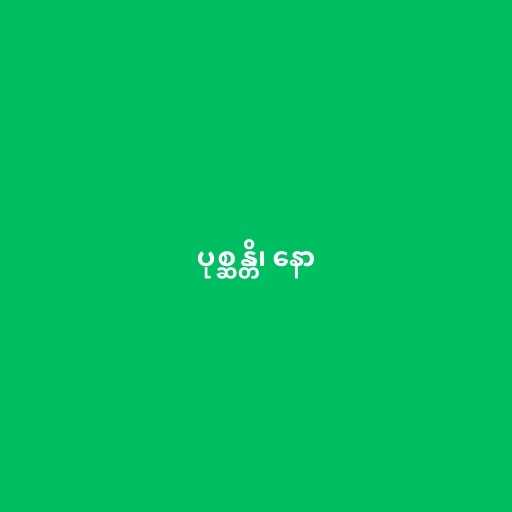
ပုစ္ဆန္တိ၊ နော